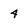
Character: 4